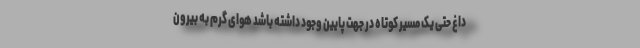
داغ حتی یک مسیر کوتاه در جهت پایین وجود داشته باشد هوای گرم به بیرون